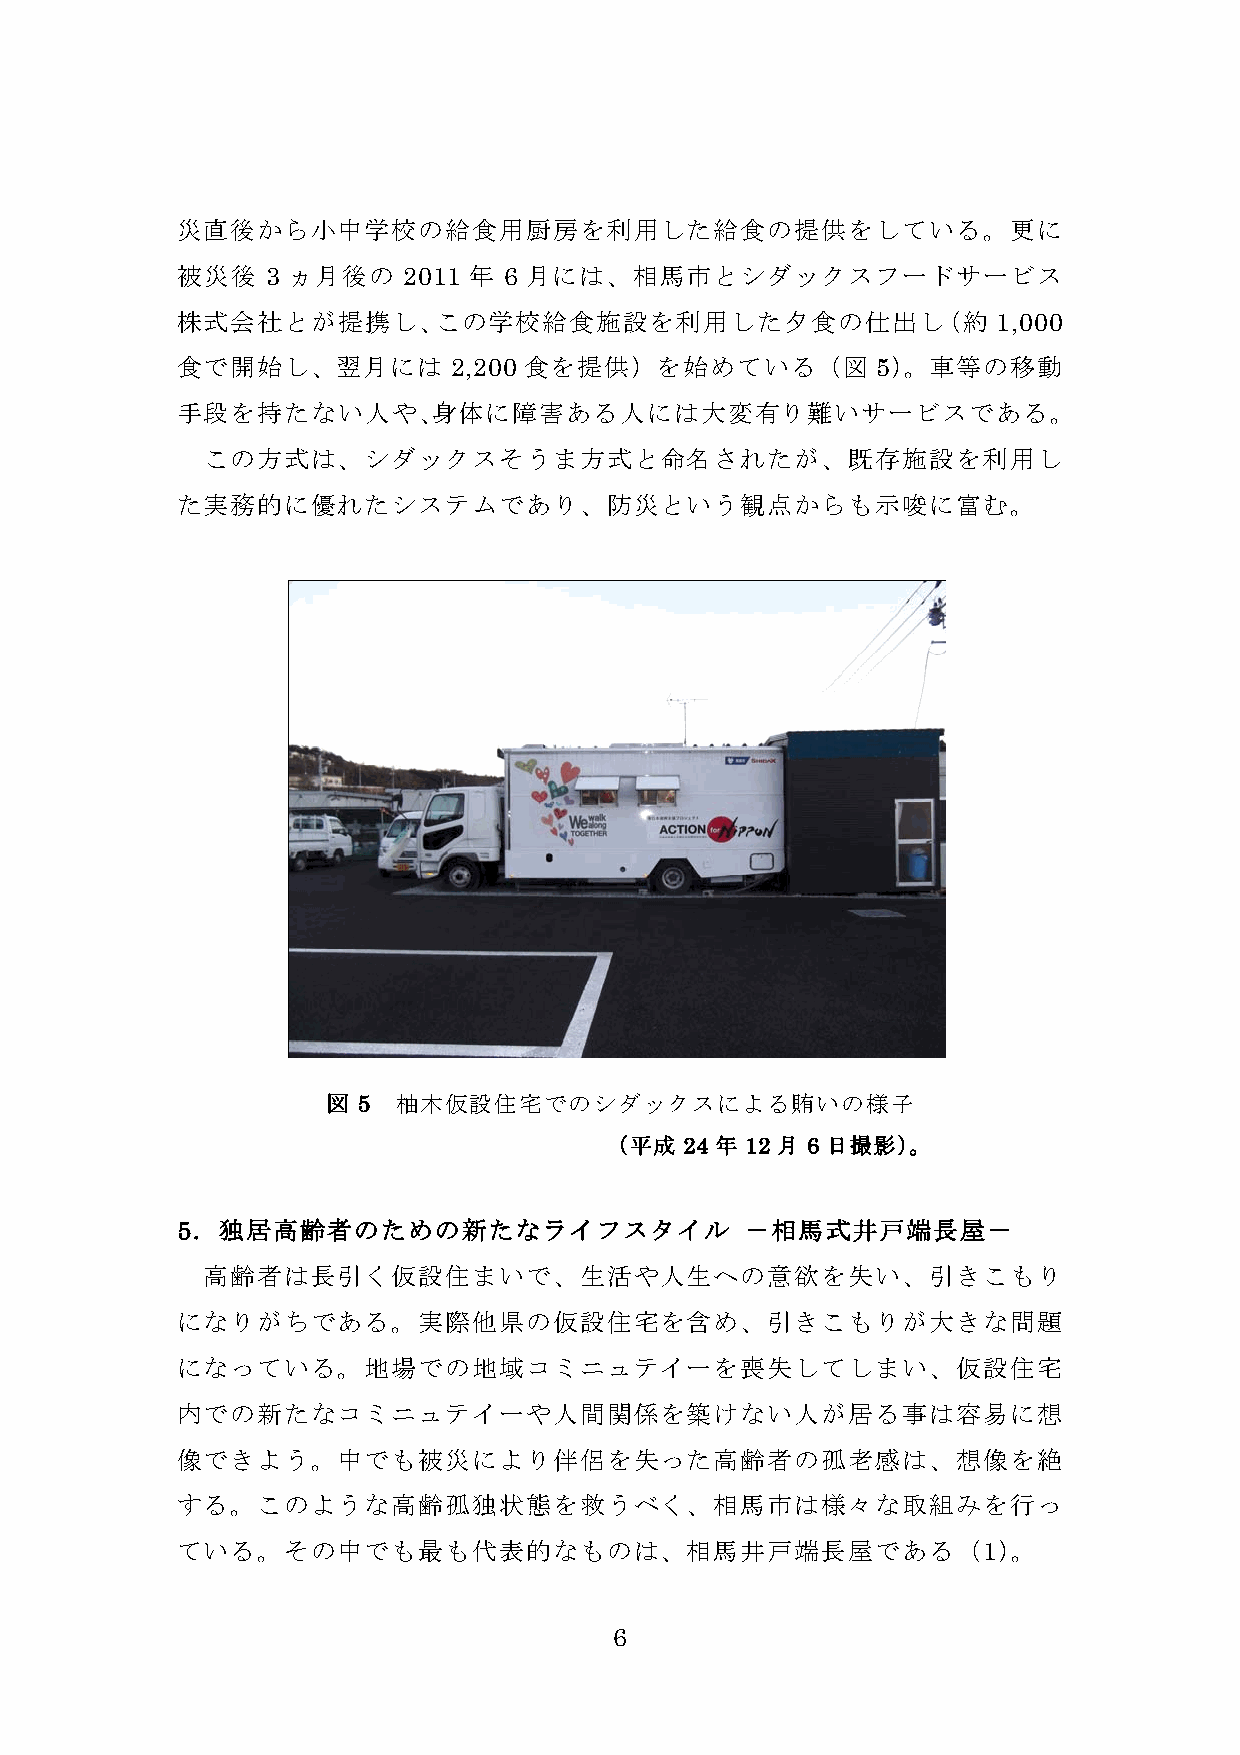
災直後から小中学校の給食用厨房を利用した給食の提供をしている。更に
 被災後   3 ヵ月後の   2011 年 6 月には、相馬市とシダックスフードサービス
 株式会社とが提携し、この学校給食施設を利用した夕食の仕出し（約                       1,000
 食で開始し、翌月には        2,200 食を提供）を始めている（図         5）。車等の移動
 手段を持たない人や、身体に障害ある人には大変有り難いサービスである。
 この方式は、シダックスそうま方式と命名されたが、既存施設を利用し
 た実務的に優れたシステムであり、防災という観点からも示唆に富む。
 図 5 柚木仮設住宅でのシダックスによる賄いの様子
 （平成  24 年 12 月 6 日撮影）。
 5．独居高齢者のための新たなライフスタイル                －相馬式井戸端長屋－
 高齢者は長引く仮設住まいで、生活や人生への意欲を失い、引きこもり
 になりがちである。実際他県の仮設住宅を含め、引きこもりが大きな問題
 になっている。地場での地域コミニュテイーを喪失してしまい、仮設住宅
 内での新たなコミニュテイーや人間関係を築けない人が居る事は容易に想
 像できよう。中でも被災により伴侶を失った高齢者の孤老感は、想像を絶
 する。このような高齢孤独状態を救うべく、相馬市は様々な取組みを行っ
 ている。その中でも最も代表的なものは、相馬井戸端長屋である（1）。
 6